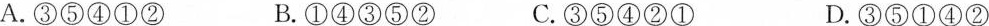
A.③⑤④①② B.①④③⑤② C.③⑤④②① D.③⑤①④②